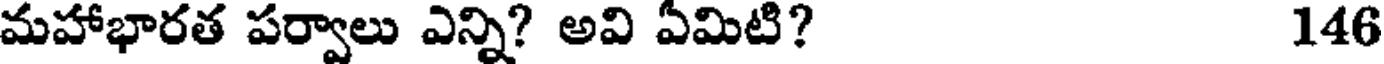
మహాభారత పర్వాలు ఎన్ని? అవి ఏమిటి? 146